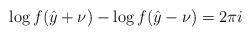
LaTeX: \begin{align*}\log f(\hat{y}+\nu )-\log f(\hat{y}-\nu )=2\pi i\protect\end{align*}